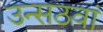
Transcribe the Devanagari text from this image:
उन्सठवां